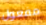
مفعول